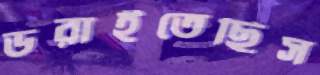
ডরাইতেছিস